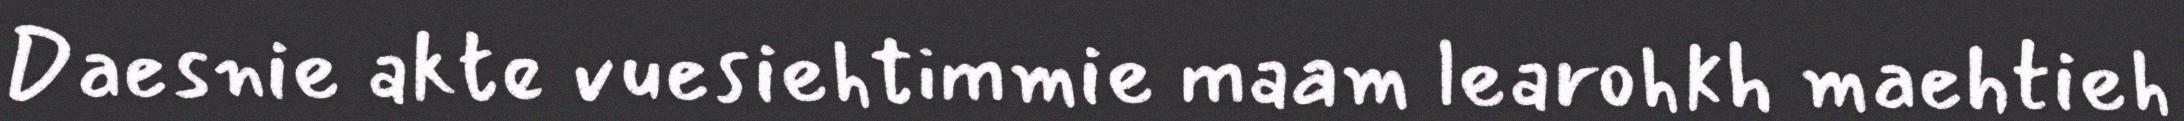
Daesnie akte vuesiehtimmie maam learohkh maehtieh